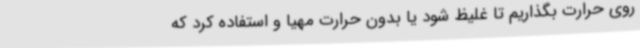
روی حرارت بگذاریم تا غلیظ شود یا بدون حرارت مهیا و استفاده کرد که